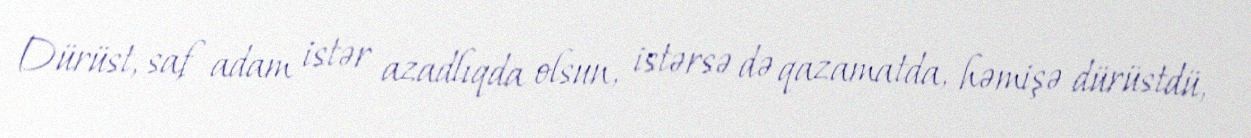
Dürüst, saf adam istər azadlıqda olsun, istərsə də qazamatda, həmişə dürüstdü,